Report of the Municipal Commissioner on the plague in Bombay for the year ending 31st May... - Volume 1
Disease focus: Plague
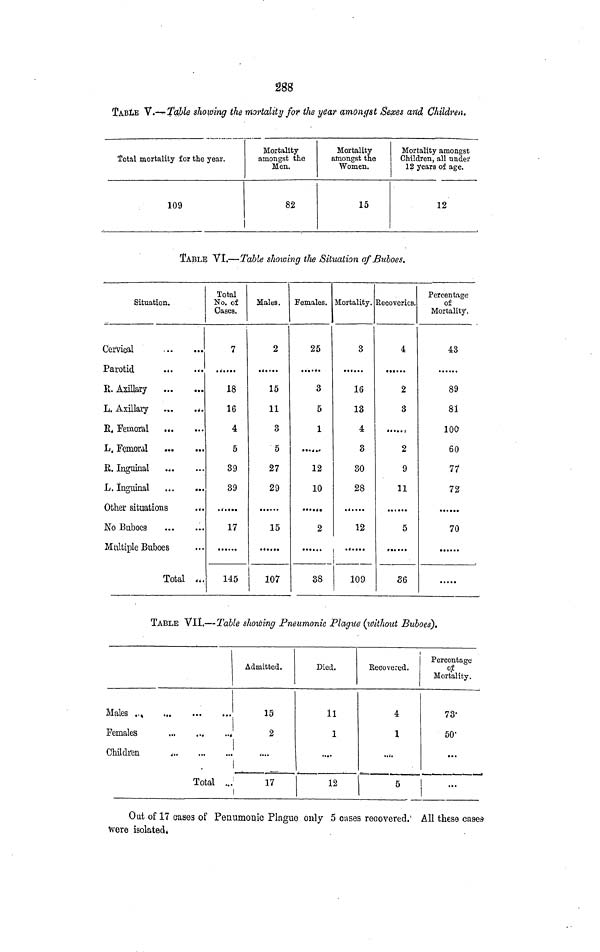
288
TABLE V.— Table showing the mortality for the year amongst /Sexes and Children.
Total mortality for the year.
109
Mortality
amongst the
Men.
82
Mortality
ainongst the
Women.
15
Mortality amongst
Children, all under
12 years of age.
12
TABLE VI.—Table showing the Situation of Buboes*
Situation.
Cervical
Parotid
...
R. Axillary
L, Axillary
...
..
R. Femoral
....
L. Femoral
E. Inguinal
L. Inguinal
Other situations
No Buboes
M ultiple Buboes
Total ...
Total
No. of
Cases.
7
18
16
4
5
39
39
17
145
Males.
2
15
11
3
5
27
29
15
107
Females.
25
δ
5
1
12
10
2
88
Mortality.
3
16
13
4
3
30
28
12
i
109
Recoveries.
4
2
3
2
9
11
5
36
Percentage
of
Mortality.
43
89
81
100
60
77
72
......
70
TABLE VII.—Table showing Pneumonic Plague (without Buboes).
Males ..
Females
1
Children
'
Total ...
Admitted.
15
2
....
17
Died.
11
1
....
12
Percentage
Recovered.
of
Mortality.
4
1
5
73.
50.
Out of 17 cases of Penumonic Plague only 5 cases recovered. All these cases
Were isolated*